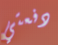
دفعتي